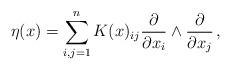
LaTeX: \begin{align*}\eta(x)=\sum_{i,j=1}^n K(x)_{ij}\frac{\partial}{\partial x_i}\wedge\frac{\partial}{\partial x_j}\,,\end{align*}